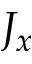
J _ { x }